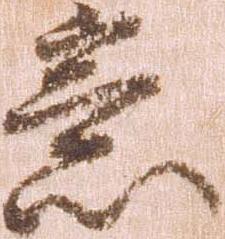
意